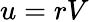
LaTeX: u=rV